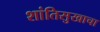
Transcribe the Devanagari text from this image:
शांतिसुखाचा